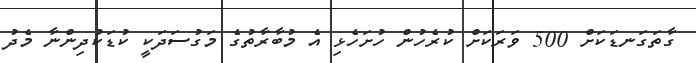
ގާތަގަނޑަކަށް 500 ވަރަކަށް ކުރެހުން ހުށަހެޅި އެ މުބާރާތުގެ މަގުސަދަކީ ކުޑަކުދިންނާ މެދު